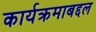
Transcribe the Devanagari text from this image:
कार्यक्रमाबद्दल